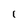
Character: 1